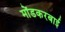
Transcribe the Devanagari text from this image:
मोंडकरबाई